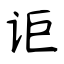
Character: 讵